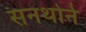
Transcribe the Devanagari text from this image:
सनथोर्न